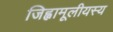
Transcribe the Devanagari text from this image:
जिह्वामूलीयस्य